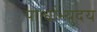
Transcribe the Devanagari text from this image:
पार्श्वाभ्युदय